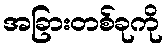
အခြားတစ်ခုကို